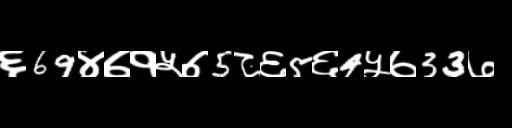
Text: ६69४७१५७5८६5६4५७33७